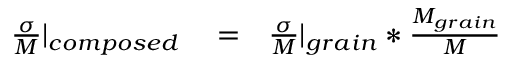
\begin{array} { r l r } { \frac { \sigma } { M } | _ { c o m p o s e d } } & { { } = } & { \frac { \sigma } { M } | _ { g r a i n } * \frac { M _ { g r a i n } } { M } } \end{array}